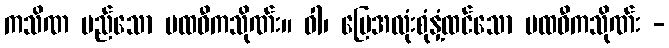
ကသိဏ မည်သော ပထဝီကသိုဏ်း။ ဝါ၊ မြေအလုံးစုံနှံ့ထင်သော ပထဝီကသိုဏ်း -